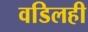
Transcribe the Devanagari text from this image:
वडिलही